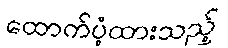
ထောက်ပံ့ထားသည့်